Indian journal of veterinary science and animal husbandry - Volumes 15-17, 1948-1951
Year: 1948
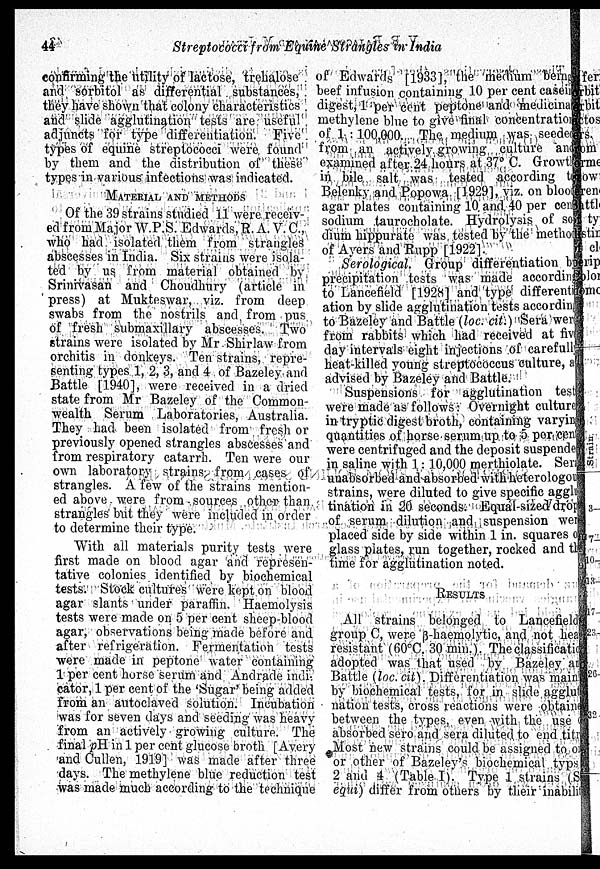
44
Streptococci from Equine Strangles in India
confirming the utility of lactose, trehalose
and sorbitol as differential substances,
they have shown that colony characteristics
and slide agglutination tests are useful
adjuncts for type differentiation. Five
types of equine streptococci were found
by them and the distribution of these
types in various infections was indicated.
MATERIAL AND METHODS
Of the 39 strains studied 11 were receiv
ed from Major W.P.S. Edwards, R. A. V. C.,
who had isolated them from strangles
abscesses in India. Six strains were isola
ted by us from material obtained by
Srinivasan and Choudhury (article in
press) at Mukteswar, viz. from deep
swabs from the nostrils and from pus
of fresh submaxillary abscesses. Two
strains were isolated by Mr Shirlaw from
orchitis in donkeys. Ten strains, repre
senting types 1, 2, 3, and 4 of Bazeley. and
Battle [1940], were received in a dried
state from Mr Bazeley of the Common
wealth Serum Laboratories, Australia.
They had been isolated from fresh or
previously opened strangles abscesses and
from respiratory catarrh. Ten were our
own laboratory strains from cases of
strangles. A few of the strains mention
ed above were from sources other than
strangles but they were included in order
to determine their type.
With all materials purity tests were
first made on blood agar and represen
tative colonies identified by biochemical
tests. Stock cultures were kept on blood
agar slants under paraffin. Haemolysis
tests were made on 5 per cent sheep-blood
agar, observations being made before and
after refrigeration. Fermentation tests
were made in peptone water containing
1 per cent horse serum and Andrade indi
cator, 1 per cent of the 'Sugar' being added
from an autoclaved solution. Incubation
was for seven days and seeding was heavy
from an actively growing culture. The
final pH in 1 per cent glucose broth [Avery
and Cullen, 1919] was made after three
days. The methylene blue reduction test
was made much according to the technique
of Edwards [1933], the medium being
beef infusion containing 10 per cent casein
digest, 1 per cent peptone and medicinal
methylene blue to give final concentration
of 1 : 100,000. The medium was seeded
from an actively growing culture and
examined after 24 hours at 37° C. Growth
in bile salt was tested according to
Belenky and Popowa [1929], viz. on blood
agar plates containing 10 and 40 per cent
sodium taurocholate. Hydrolysis of so
dium hippurate was tested by the method
of Ayers and Rupp [1922].
Serological Group differentiation by
precipitation tests was made according
to Lancefield [1928] and type differenti
ation by slide agglutination tests according
to Bazeley and Battle (loc. cit.) Sera were
from rabbits which had received at five
day intervals eight injections of carefully
heat-killed young streptococcus culture, as
advised by Bazeley and Battle.
Suspensions for agglutination tested
were made as follows: Overnight culturel
in tryptic digest broth, containing varying
quantities of horse serum up to 5 per cent
were centrifuged and the deposit suspended
in saline with 1: 10,000 merthiolate. Sera
unabsorbed and absorbed with heterologous
strains, were diluted to give specific agglu
tination in 20 seconds. Equal-sized drop
of serum dilution and suspension were
placed side by side within 1 in. squares of
glass plates, run together, rocked and the
time for agglutination noted.
RESULTS
All strains belonged to Lancefield
group C, were β-haemolytic, and not hea
resistant (60°C. 30 min.). The classification
adopted was that used by Bazeley and
Battle (loc. cit). Differentiation was main
by biochemical tests, for in slide agglut
nation tests, cross reactions were obtaine
between the types, even with the use
absorbed sero and sera diluted to end titr
Most new strains could be assigned to on
or other of Bazeley's biochemical typs
2 and 4 (Table I). Type 1 strains (S
equi) differ from others by their inability